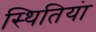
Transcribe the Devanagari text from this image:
स्थितियंा